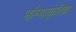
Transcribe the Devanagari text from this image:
भौम्याकृतियों